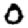
Digit: 0